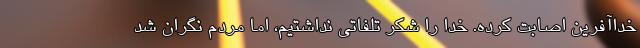
خداآفرین اصابت کرده. خدا را شکر تلفاتی نداشتیم، اما مردم نگران شد